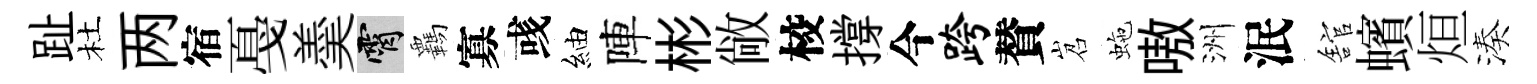
趾杜两宿戞羮霄覊寡彧紬陣彬敞校撐今跨賛岧虵嗷洲泯舘蠙烜湊